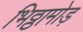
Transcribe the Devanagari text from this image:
भिठ्ठामोड़